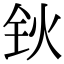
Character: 钬